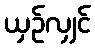
ယှဉ်လျှင်